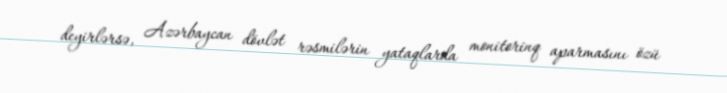
deyirlərsə, Azərbaycan dövlət rəsmilərin yataqlarda monitorinq aparmasını özü